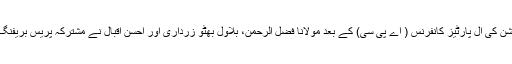
اپوزیشن کی آل پارٹیز کانفرنس ( اے پی سی) کے بعد مولانا فضل الرحمٰن، بلاول بھٹو زرداری اور احسن اقبال نے مشترکہ پریس بریفنگ دی۔